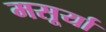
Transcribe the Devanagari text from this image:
मसूर्या